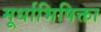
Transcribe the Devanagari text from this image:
मूर्धाभिषिक्ता